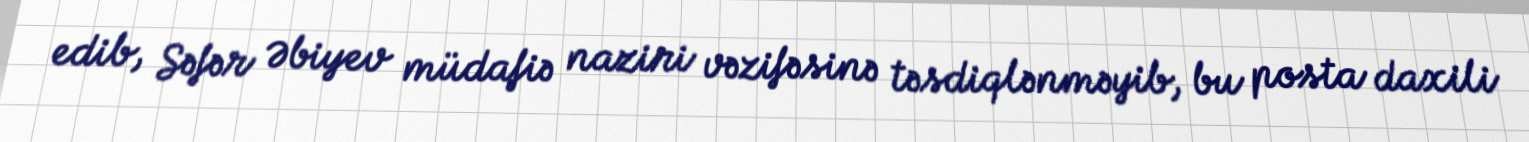
edib, Səfər Əbiyev müdafiə naziri vəzifəsinə təsdiqlənməyib, bu posta daxili